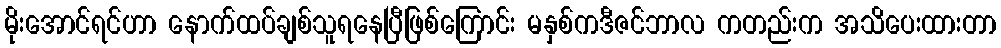
မိုးအောင်ရင်ဟာ နောက်ထပ်ချစ်သူရနေပြီဖြစ်ကြောင်း မနှစ်ကဒီဇင်ဘာလ ကတည်းက အသိပေးထားတာ